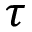
\tau